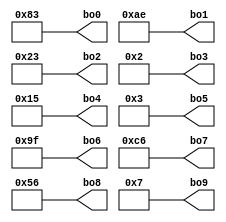
module bo_mem(
    bo0, bo1, bo2, bo3, bo4, bo5, bo6, bo7, bo8, bo9
);
    output [7 : 0] bo0, bo1, bo2, bo3, bo4, bo5, bo6, bo7, bo8, bo9;

    assign bo0 = 8'b10000011;
    assign bo1 = 8'b10101110;
    assign bo2 = 8'b00100011;
    assign bo3 = 8'b00000010;
    assign bo4 = 8'b00010101;
    assign bo5 = 8'b00000011;
    assign bo6 = 8'b10011111;
    assign bo7 = 8'b11000110;
    assign bo8 = 8'b01010110;
    assign bo9 = 8'b00000111;
endmodule